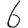
Digit: 6